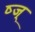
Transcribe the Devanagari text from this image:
ष्ज्